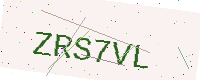
Text: ZRS7VL